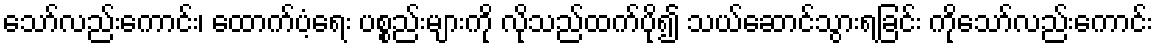
သော်လည်းကောင်း၊ ထောက်ပံ့ရေး ပစ္စည်းများကို လိုသည်ထက်ပို၍ သယ်ဆောင်သွားရခြင်း ကိုသော်လည်းကောင်း